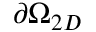
\partial \Omega _ { 2 D }